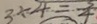
3 \div 4 = \frac { 3 } { 4 }